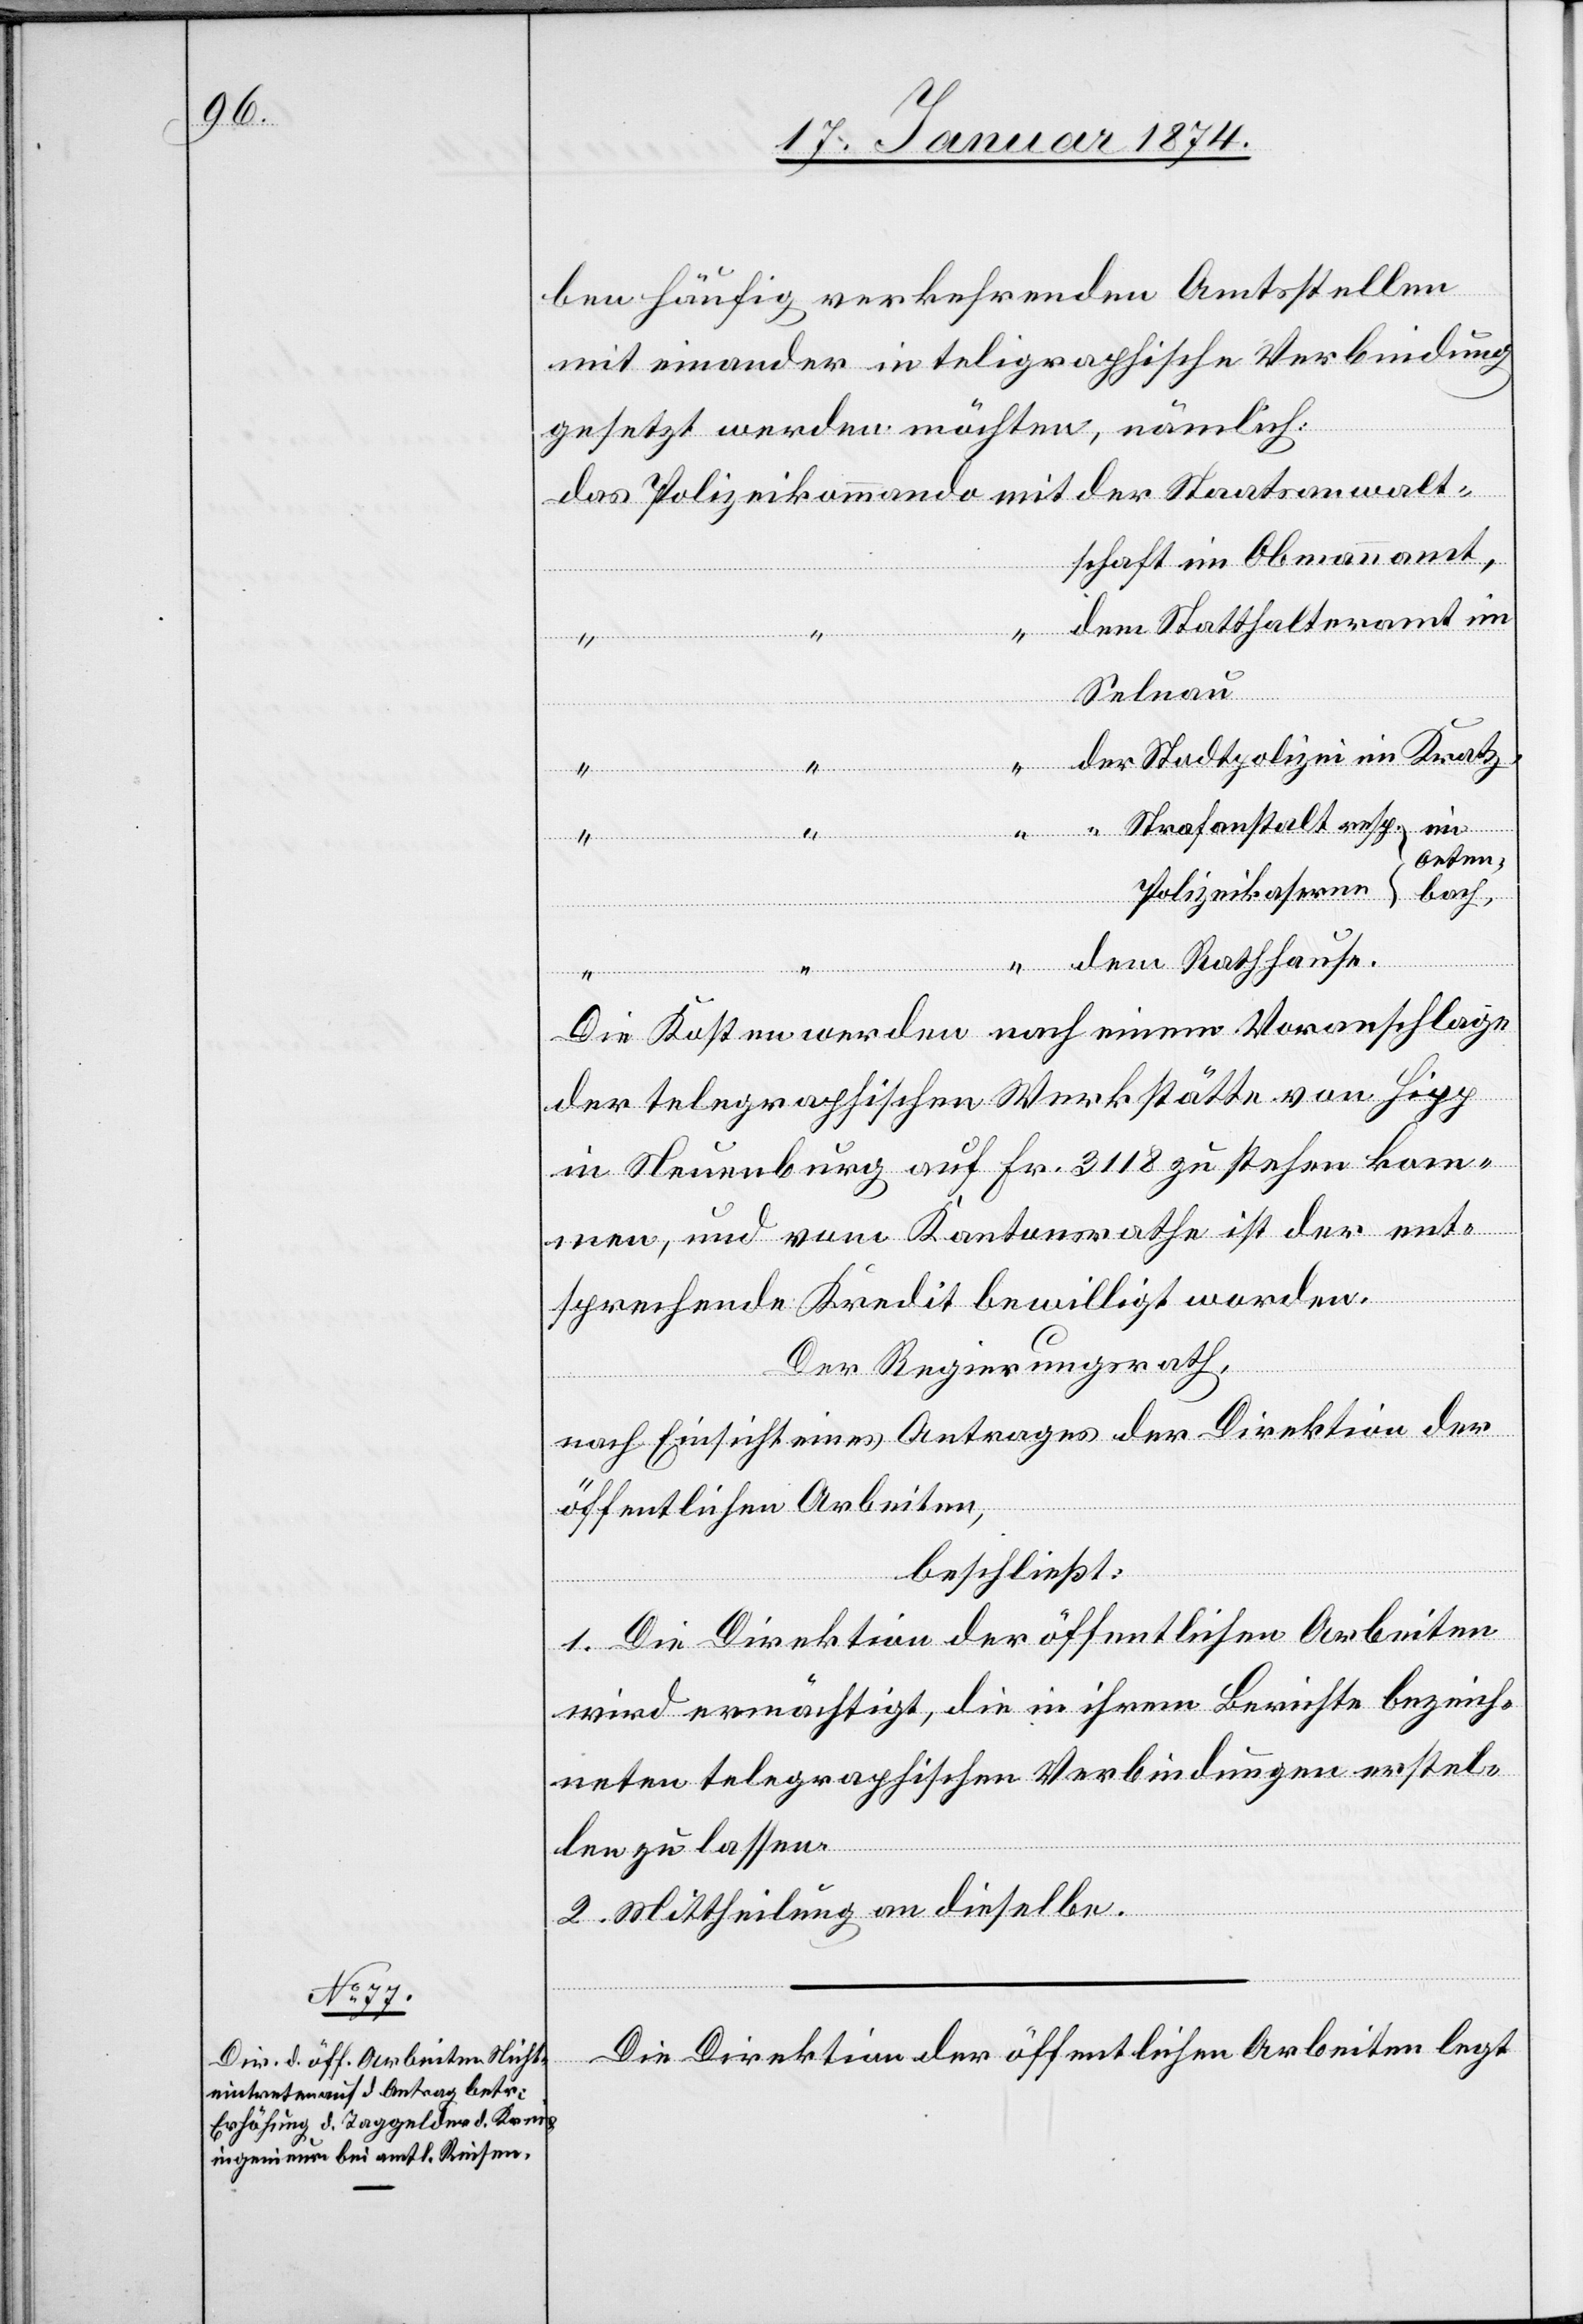
ben häufig verkehrenden Amtsstellen
mit einander in teligraphische [sic!] Verbindung
gesetzt werden möchten, nämlich:
Das Polizeikommando mit der Staatsanwalt¬
schaft im Obmannamt,
dem Statthalteramt in
“
erne
Selnau
der Stadtpolizei im Kratz
“ “ Strafanstalt resp.
“ “ dem Rathhause.
Die Kosten werden nach einem Voranschlage
der telegraphischen Werkstätte von Hipp
in Neuenburg auf Fr. 3118 zu stehen kom¬
men, und vom Kantonsrathe ist der ent¬
sprechende Kredit bewilligt worden.
Der Regierungsrath,
nach Einsicht eines Antrages der Direktion der
öffentlichen Arbeiten,
beschließt:
1. Die Direktion der öffentlichen Arbeiten
wird ermächtigt, die in ihrem Berichte bezeich¬
neten telegraphischen Verbindungen erstel¬
len zu lassen.
2. Mittheilung an dieselbe.
Die Direktion der öffentlichen Arbeiten legt